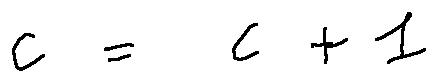
c = c + 1